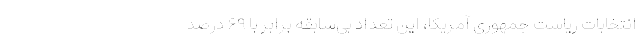
انتخابات ریاست جمهوری آمریکا، این تعداد بی‌سابقه برابر با ۶۹ درصد